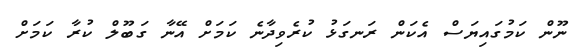
ނޫން ކަމުގައިޔަސް އެކަން ރަނގަޅު ކުރެވިދާނެ ކަމަށް އޭނާ ގަބޫލް ކުރާ ކަމަށް